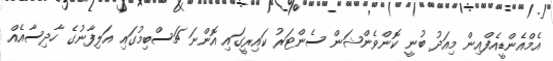
އެމްއެންޑީއެފްއިން މިއަދު ބުނީ ކޮންވެންޝަން ސެންޓަރު ކައިރީގައި އޮންނަ ޗަސްބިމުގައި އަލިފާނުގެ ހާދިސާއެއް